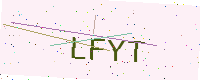
Text: LFYT